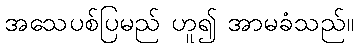
အသေပစ်ပြမည် ဟူ၍ အာမခံသည်။